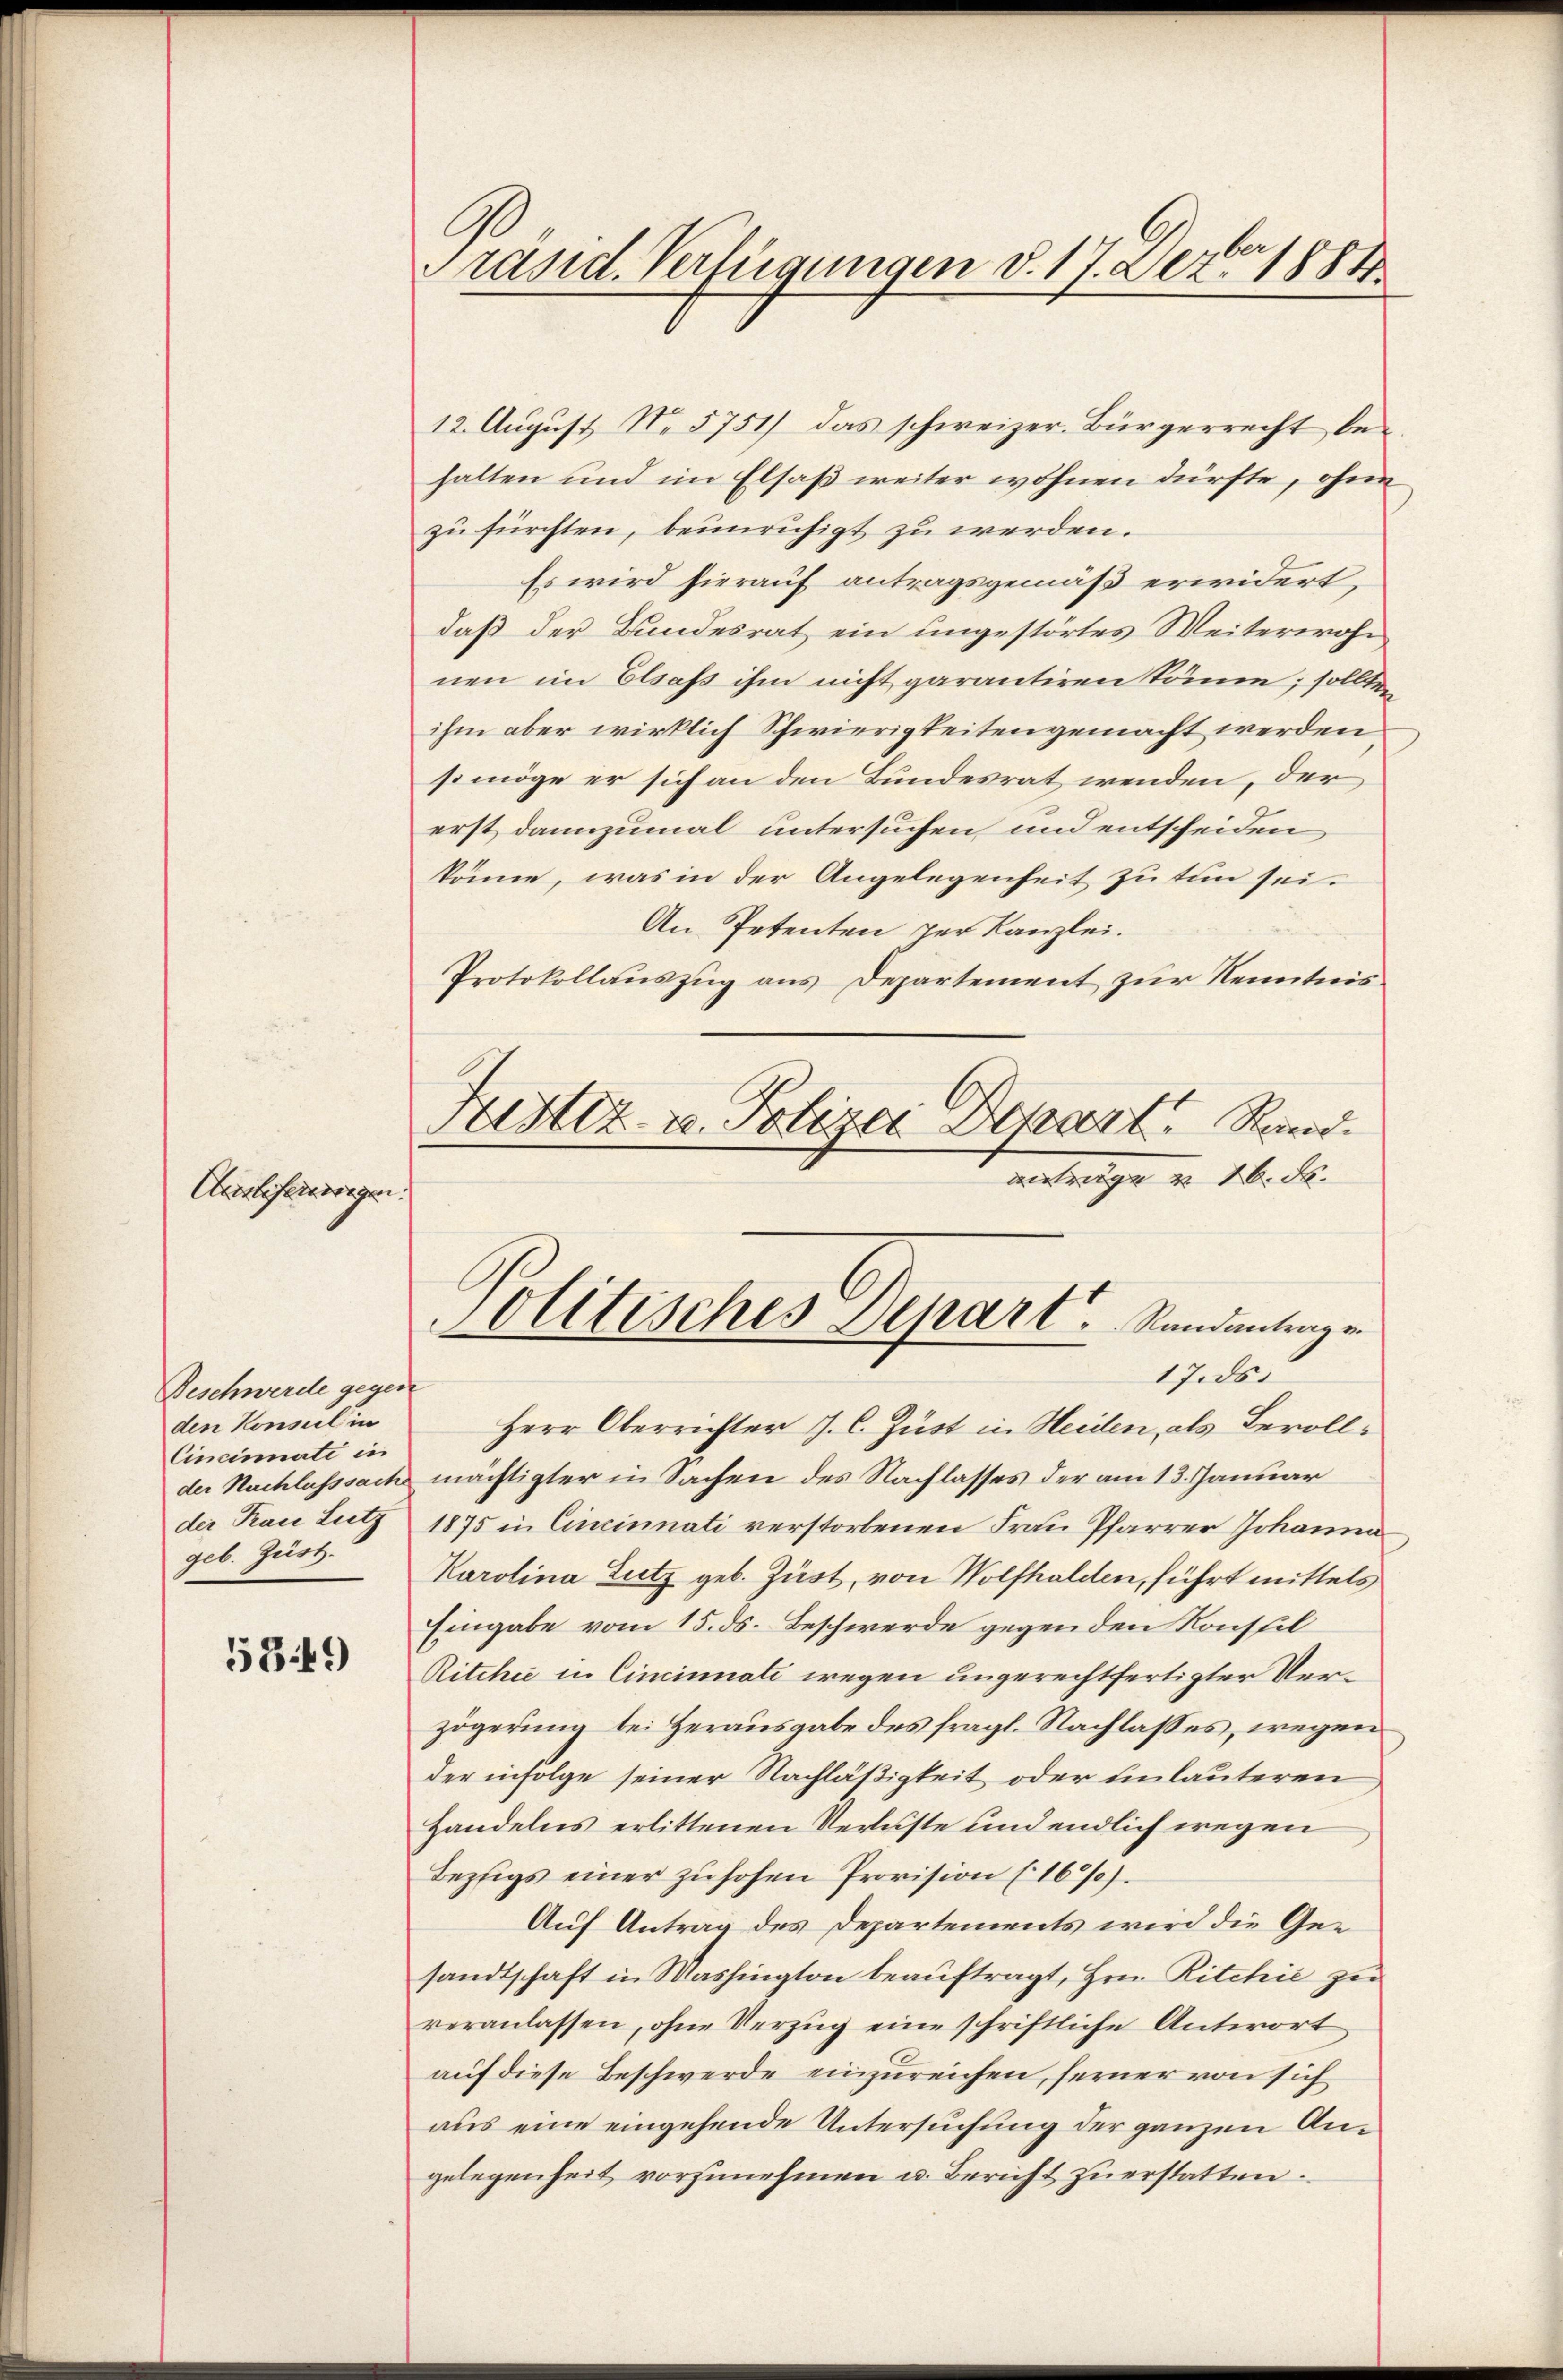
Auslieferungen.

5349)

Beschwerde gegen
den Konsul in
Cincinnate in
der Frau Lutz
geb. Zust

Präsid. Verfügungen d. 17. Dez. 1884

12. August No 5751) das schweizer. Bürgerrecht behalten und im Elsaß weiter wohnen dürfte, ohne
zu fürchten, beunruhigt zu werden.
Es wird hierauf antragsgemäß erwidert,
daß der Bundesrat ein ungestörtes Weiterwohn
nen im Elsaß ihm nicht garantiren könne; sollten
ihm aber wirklich Schwierigkeiten gemacht werden,
smöge er sich an den Bundesrat wenden, der
erst dannzumal untersuchen und entscheiden
könne, was in der Angelegenheit zu tun sei.
An Petenten per Kanzlei.
Protokollauszug aus Departement zur Kenntnis.

vontrage v. M. Dr.
Politisches Depart. Randantragen

Justiz- u. Polizei Derart Rund.

17.ds.
Herr Oberrichter J. C. Züst in Heiden, als Bevollder Nachlasssache mächtigter in Sachen des Nachlasses der am 13. Januar
1875 in Cincinnati verstorbenen Frau Pfarrer Johanna
Karolina Lutz geb. Zust, von Wolfhalden, führt mittels
Eingabe vom 15. ds. Beschwerde gegenden Konstil
Ritchie in Cincinnati wegen ungerechtfertigter Verzögerung bei Herausgabe des fragl. Nachlasses, wegen
der infolge seiner Nachläßigkeit oder unlauteren
Handelns erlittenen Verluste und endlich wegen
Lezigs einer zu hohen Provision (1627).
Auf Antrag des Departements wird die Gesandtschaft in Washington beauftragt, Hrn. Ritchić zu
veranlassen, ohne Verzug eine schriftliche Antwort
auf diese Beschwerde einzureichen, ferner von sich
aus eine eingehende Untersuchung der ganzen Angelegenheit vorzŭnehmen u. Bericht zŭ erstatten.